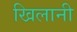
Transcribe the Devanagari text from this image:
खिलानी